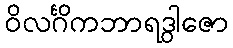
ဝိလင်္ဂိကဘာရဒွါဇော